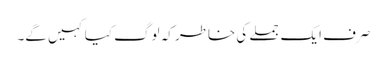
صرف ایک جملے کی خاطر کہ لوگ کیا کہیں گے۔